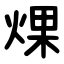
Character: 㷄